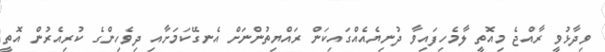
ވިދާޅުވީ ރާއްޖެ މިއޮތީ ލާމެހިފައިވާ ދުނިޔެއެއްގައިކަން ރައްޔިތުންނަށް އެނގޭކަމަށާއި ދިވެހިންގެ ކުރިއެރުން އޮތީ